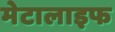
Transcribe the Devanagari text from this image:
मेटालाइफ